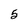
Character: 5